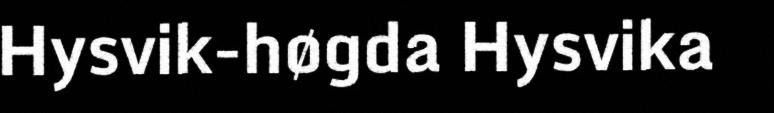
Hysvik-høgda Hysvika